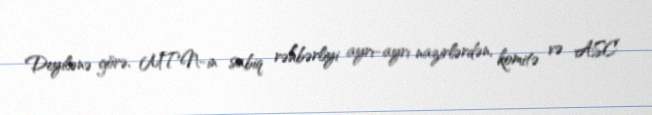
Deyilənə görə, MTN-in sabiq rəhbərliyi ayrı-ayrı nazirlərdən, komitə və ASC